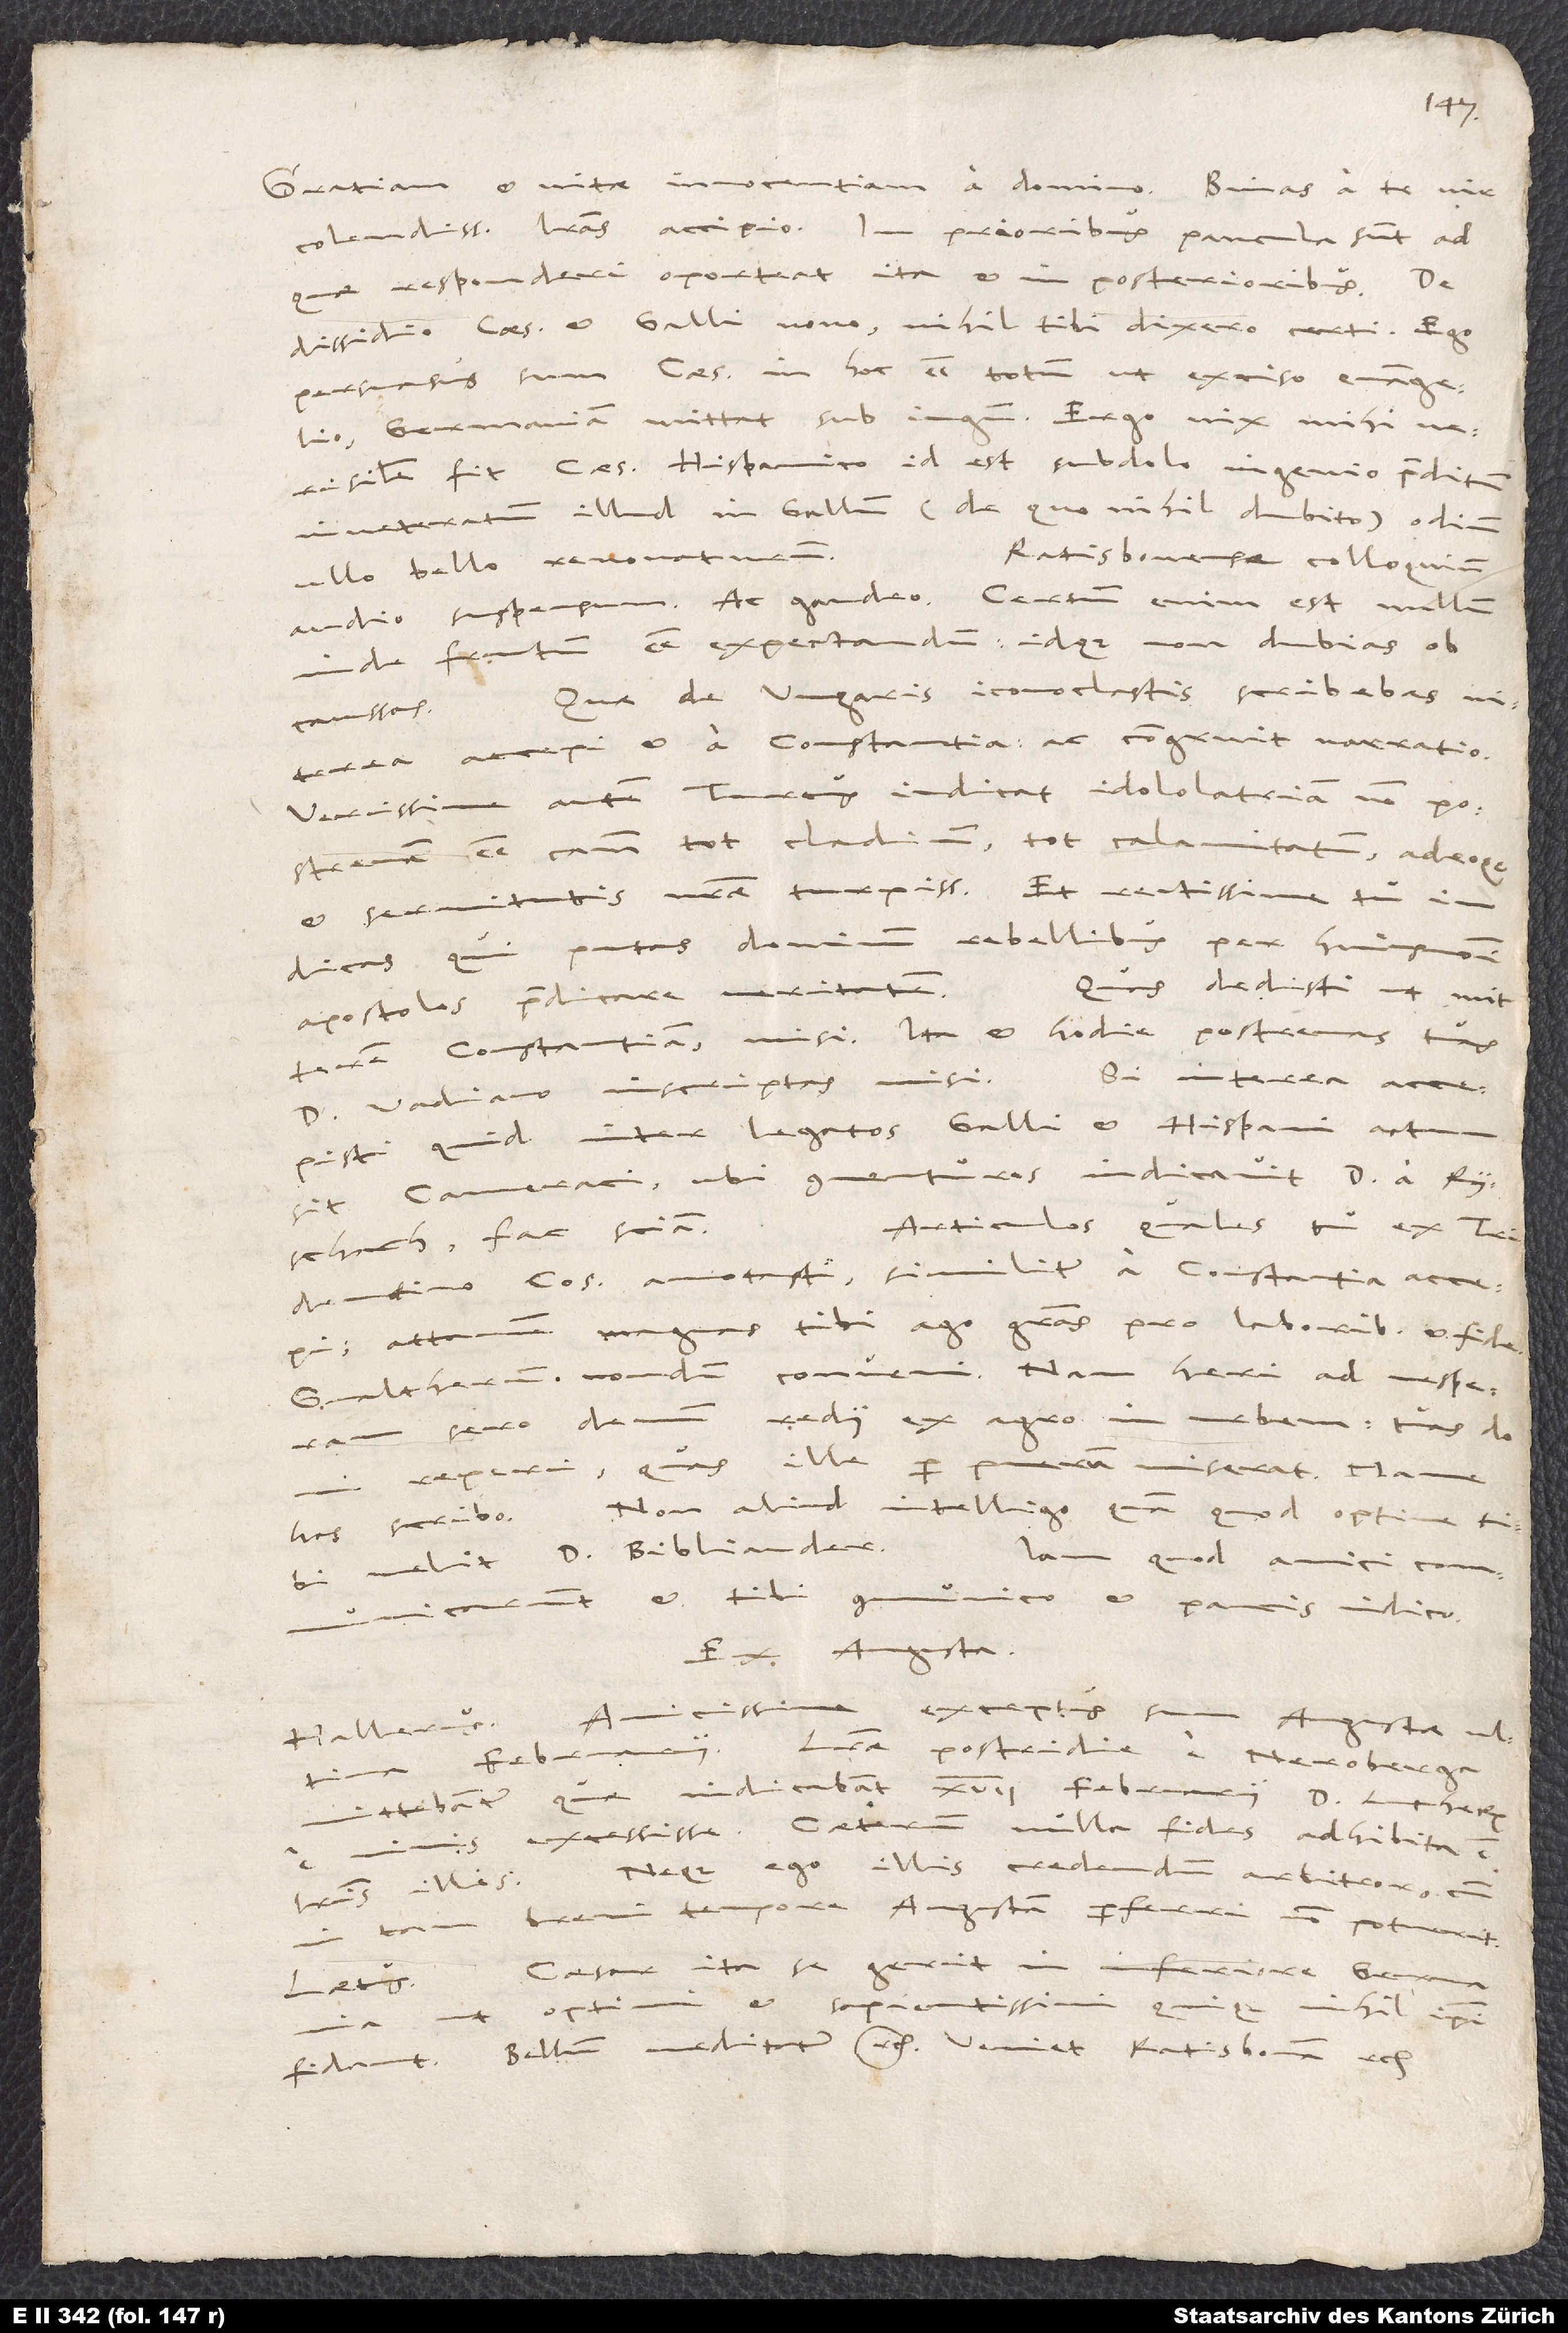
Gratiam et vitae innocentiam a domino. Binas a te, vir
colendissime, literas accipio. In prioribus paucula sunt, ad
quae responderi oporteat, ita et in posterioribus.
dissidio caesaris et Galli novo nihil tibi dixero certi. Ego
persuasus sum caesarem in hoc esse totum, ut exciso evangelio
Germaniam mittat sub iugum; ergo vix mihi
verisimile fit caesarem Hispanico, id est subdolo ingenio praeditum
inveteratum illud in Gallum (de quo nihil dubito) odium
Ratisbonense colloquium
ullo bello renovaturum.
audio suspensum ac gaudeo. Certum enim est nullum
inde fructum esse expectandum idque non dubias ob
Quae de Ungaris iconoclastis scribebas,
interea accepi et a Constantia; ac congruit narratio.
Verissime autem Turcus iudicat idololatriam non postremam
esse caussam tot cladium, tot calamitatum adeoque
et servitutis nostrae turpissimae; et rectissime tu
iudicas, qui putas dominum rebellibus per huiusmodi
Quas dedisti, ut mitterem
apostolos praedicare veritatem.
Constantiam, misi. Ita et hodie postremas tuas
Si interea accepisti,
d. Vadiano inscriptas misi.
quid inter legatos Galli et Hispani actum
sit Cameraci, ubi conventuros indicavit d. a Ryschach,
Articulos, quales tu ex Tridentino
consilio annotasti, similiter a Constantia accepi,
attamen magnas tibi ago gratias pro laboribus et fide.
Gvaltherum nondum conveni, nam heri ad vesperam
sero domum redii ex agro in urbem. Tuas domi
puerum miserat. Mane
reperi, quas ille per
Non aliud intelligo, quam quod optime tibi
has scribo.
velit d. Bibliander.
Iam, quod amici
communicarunt, et tibi communico, et paucis indico.
Ex Augusta.
Amicissime exceptus sum Augustae ultima
Hallerus:
februarii. Literae postridie e Neroberga
mittebantur, quae indicabant 17. februarii d. Lutherum
excessisse. - Caeterum nulla fides adhibita est
neque ego illis credendum arbitror, cum
literis illis,
tam brevi tempore Augustam perferri non potuerit.
Caesar ita se gerit in Inferiore Germania,
Laetus:
ut optimi et sapientissimi quique nihil ipsi
fidant. Bellum meditatur, etc. Veniet Ratisbonam, etc.